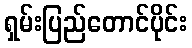
ရှမ်းပြည်တောင်ပိုင်း